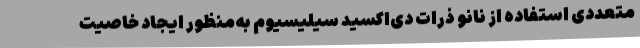
متعددی استفاده از نانو ذرات دی‌اکسید سیلیسیوم به‌منظور ایجاد خاصیت